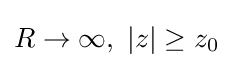
R\rightarrow \infty ,~|z|\geq z_{0}